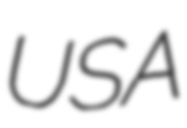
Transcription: USA